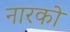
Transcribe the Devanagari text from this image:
नारको